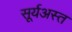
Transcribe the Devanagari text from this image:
सूर्यअस्त